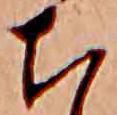
ち